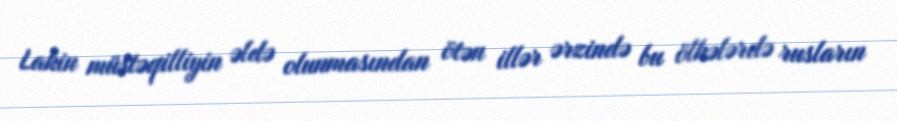
Lakin müstəqilliyin əldə olunmasından ötən illər ərzində bu ölkələrdə rusların